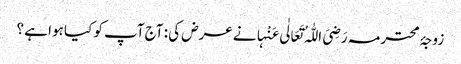
زوجۂ محترمہ رَضِیَ اللّٰہُ تَعَالٰی عَنْہانے عرض کی : آج آپ کو کیا ہوا ہے ؟